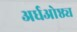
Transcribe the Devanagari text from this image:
अर्धओष्ठ्य